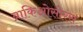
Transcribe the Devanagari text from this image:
ब्राकिओसोरस